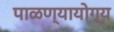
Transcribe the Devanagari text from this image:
पाळण्यायोग्य